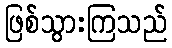
ဖြစ်သွားကြသည်